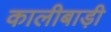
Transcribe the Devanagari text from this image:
कालीबाड़ी